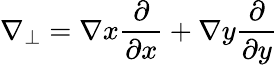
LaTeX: \nabla_{\perp}=\nabla x\frac{\partial}{\partial x}+\nabla y\frac{\partial}{\partial y}